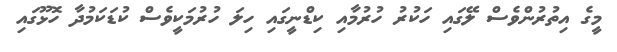
މީގެ އިތުރުންވެސް ލޭގައި ހަކުރު ހުރުމާއި ކިޑްނީގައި ހިލަ ހުރުމަކީވެސް ކުޑަކަމުދާ ހޮޅޫގައި